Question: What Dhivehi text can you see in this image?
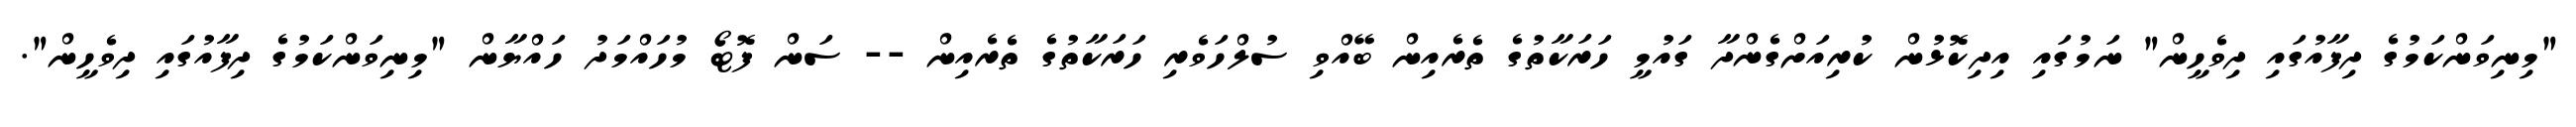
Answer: "މިނިވަންކަމުގެ ދިފާއުގައި ދިވެހީން" ނަމުގައި އިދިކޮޅުން ކުރިއަށްގެންދާ ގައުމީ ހަރަކާތުގެ ތެރެއިން ބޭއްވި ސުލްހަވެރި ހަރަކާތުގެ ތެރެއިން -- ސަން ފޮޓޯ މުހައްމަދު ހައްޔާން "މިނިވަންކަމުގެ ދިފާއުގައި ދިވެހީން".